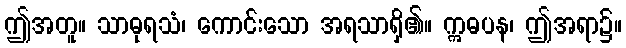
ဤအတူ။ သာဓုရသံ၊ ကောင်းသော အရသာရှိ၏။ ဣဓပန၊ ဤအရာ၌။